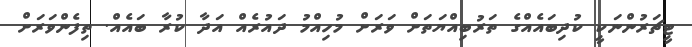
ޓީޗަރުންނަކީ ކުދިބައެއްގެ ތަރުބިއްޔަތަށް ވަރަށް މުހިއްމު ދައުރެއް އަދާ ކުރާ ބައެއް. ތިފެންވަރަށް